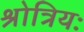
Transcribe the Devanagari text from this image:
श्रोत्रियः